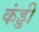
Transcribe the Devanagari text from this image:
कंड्डी